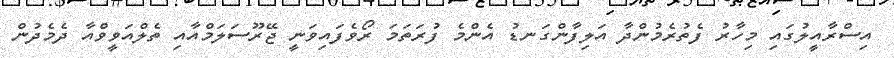
އިސްރާއީލުގައި މިހާރު ފެތުރެމުންދާ އަލިފާންގަނޑު އެންމެ ފުރަތަމަ ރޯވެފައިވަނީ ޖޭރޫސަލަމްއާއި ތެލްއަވީވްއާ ދެމެދުން